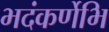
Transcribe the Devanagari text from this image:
भदंकर्णेभि